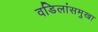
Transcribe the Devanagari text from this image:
वडिलांसमुखा